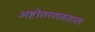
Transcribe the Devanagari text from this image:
अष्टोत्तरशतताल